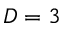
D = 3